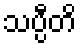
သပ္ပီတိ